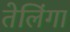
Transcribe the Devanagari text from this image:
तेलिंगा